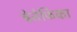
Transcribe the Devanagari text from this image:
बेनेफिका